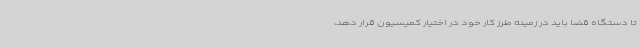
تا دستگاه قضا باید در زمینه طرز کار خود در اختیار کمیسیون قرار دهد،